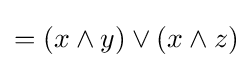
=(x\wedge y)\vee (x\wedge z)